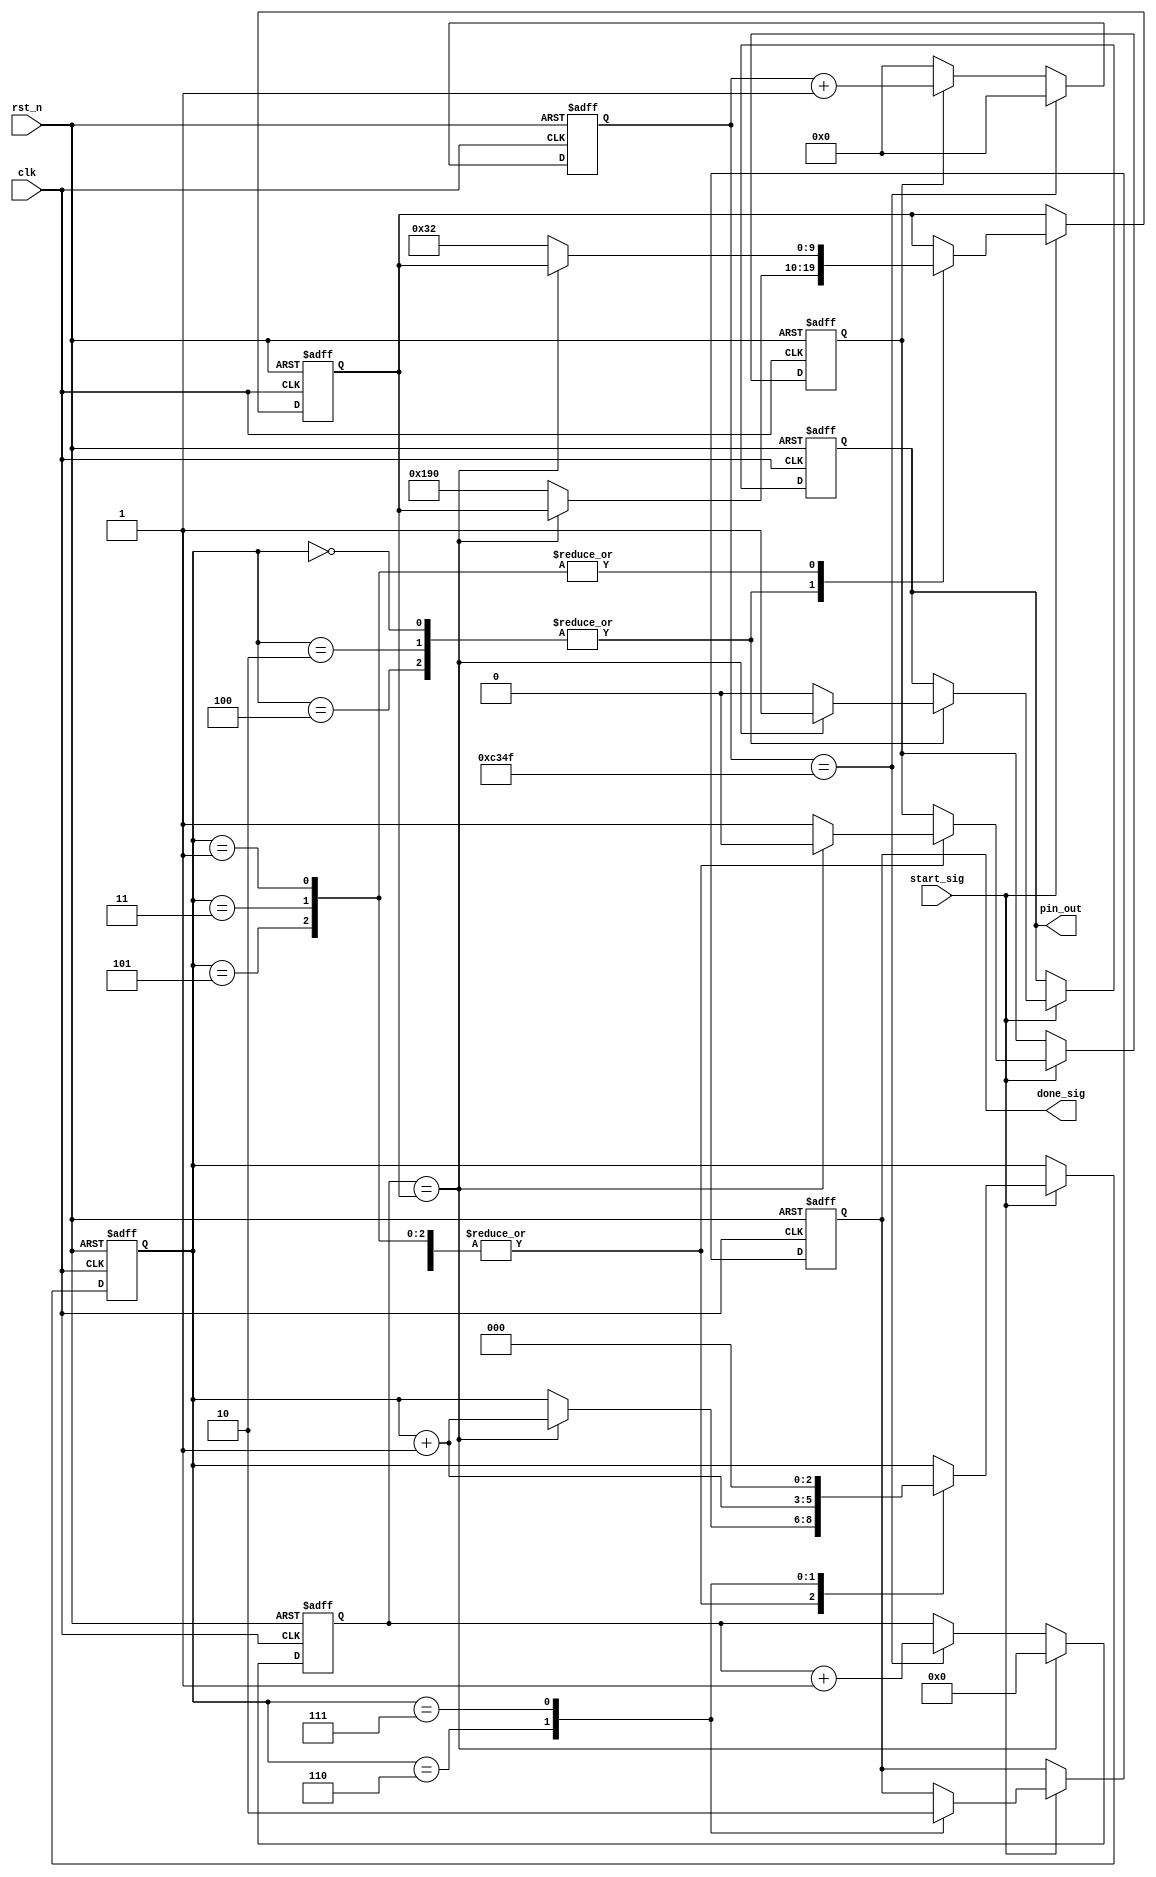
module o_module
(
    clk,
    rst_n,
    start_sig,
    done_sig,
    pin_out
);
    
    input clk;
    input rst_n;
    
    input start_sig;
    
    output done_sig;
    output pin_out;
    
    parameter T1MS = 16'd49_999;
    
    /* 在isCount信号使能的作用下 计时1ms */
    reg [15:0]count1;
    
    always @(posedge clk or negedge rst_n) begin
        if (!rst_n)
            count1 <= 16'd0;
        else if (count1 == T1MS)
            count1 <= 16'd0;
        else if (isCount)
            count1 <= count1 + 1'b1;
        else
            count1 <= 16'd0;
    end
    
    /* 计时rTime毫秒时间 */
    reg [9:0]count_MS;
    
    always @(posedge clk or negedge rst_n) begin
        if (!rst_n)
            count_MS <= 10'd0;
        else if(count_MS == rTime)
            count_MS <= 10'd0;
        else if (count1 == T1MS)
            count_MS <= count_MS + 1'b1;
    end
    
    /* 产生SOS信号的O信号 */
    reg [2:0]i;
    reg isCount;
    reg isDone;
    reg rPin_out;
    reg [9:0]rTime;
    
    // O信号 -------- . -------- . -------- .
    //           0    1     2    3     4    5
    // 0 2 4三声长 400ms
    always @(posedge clk or negedge rst_n) begin
        if (!rst_n)
        begin
            i <= 3'd0;
            isCount <= 1'b0;
            isDone <= 1'b0;
            rPin_out <= 1'b1;
            rTime <= 10'd1000;      // 1000ms
        end
        else if(start_sig)
        begin
            case (i)
            
                3'd0, 3'd2, 3'd4:
                    if (count_MS == rTime)
                    begin
                        i <= i + 1'b1;
                        isCount <= 1'b0;
                        rPin_out <= 1'b1;
                    end
                    else
                    begin
                        isCount <= 1'b1;
                        rTime <= 10'd400;
                        rPin_out <= 1'b0;
                    end

                3'd1, 3'd3, 3'd5:
                    if (count_MS == rTime)
                    begin
                        i <= i + 1'b1;
                        isCount <= 1'b0;
                    end
                    else
                    begin
                        isCount <= 1'b1;
                        rTime <= 10'd50;
                    end

                3'd6:
                    begin
                        i <= i + 1'b1;
                        isDone <= 1'b1;
                    end
                
                3'd7:
                    begin
                        i <= 3'd0;
                        isDone <= 1'b0;
                    end
                    
            endcase
        end
    end
    
    assign done_sig = isDone;
    assign pin_out = rPin_out;
    
endmodule